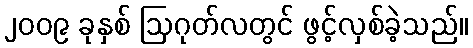
၂၀၀၉ ခုနှစ် ဩဂုတ်လတွင် ဖွင့်လှစ်ခဲ့သည်။